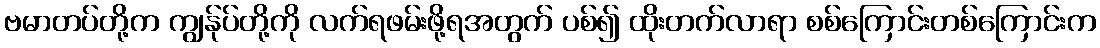
ဗမာတပ်တို့က ကျွန်ုပ်တို့ကို လက်ရဖမ်းဖို့ရအတွက် ပစ်၍ ထိုးတက်လာရာ စစ်ကြောင်းတစ်ကြောင်းက